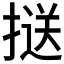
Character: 𢱤